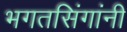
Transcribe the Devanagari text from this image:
भगतसिंगांनी